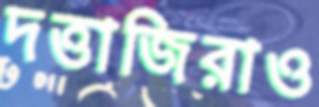
দত্তাজিরাও